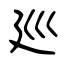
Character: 廵